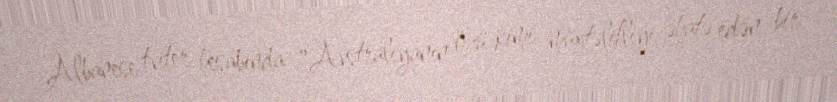
Albanese tviter hesabında "Avstraliyanın özü kimi müxtəlifliyi əhatə edən bir